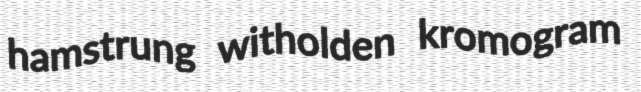
hamstrung witholden kromogram